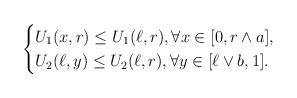
LaTeX: \begin{align*}\begin{cases}U_{1}(x,r) \le U_{1}(\ell,r), \forall x \in [0,r \wedge a], \\ U_{2}(\ell,y) \le U_{2}(\ell,r),\forall y \in [\ell \vee b,1].\end{cases}\end{align*}